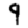
Digit: 9